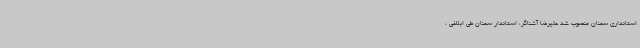
استانداری سمنان منصوب شد علیرضا آشناگر، استاندار سمنان طی ابلاغی ،